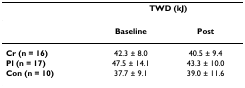
<table><thead><tr><td></td><td colspan="2"><b>TWD (kJ)</b></td></tr></thead><tbody><tr><td></td><td><b>Baseline</b></td><td><b>Post</b></td></tr><tr><td><b>Cr (n = 16)</b></td><td>42.3 ± 8.0</td><td>40.5 ± 9.4</td></tr><tr><td><b>Pl (n = 17)</b></td><td>47.5 ± 14.1</td><td>43.3 ± 10.0</td></tr><tr><td><b>Con (n = 10)</b></td><td>37.7 ± 9.1</td><td>39.0 ± 11.6</td></tr></tbody></table>